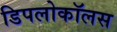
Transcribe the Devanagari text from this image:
डिपलोकॉलस